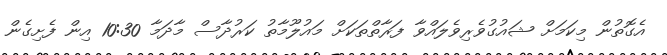
އެގޮތުން މިކަމަށް ޝައުގުވެރިވެލައްވާ ފަރާތްތަކަށް މައުލޫމާތު ކަރުދާސް މާދަމާ 10:30 އިން ފެށިގެން